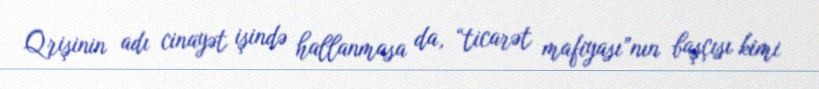
Qrişinin adı cinayət işində hallanmasa da, “ticarət mafiyası”nın başçısı kimi